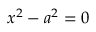
x ^ { 2 } - a ^ { 2 } = 0